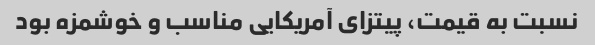
نسبت به قیمت، پیتزای آمریکایی مناسب و خوشمزه بود